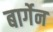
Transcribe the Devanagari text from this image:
बार्गेन